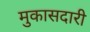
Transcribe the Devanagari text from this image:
मुकासदारी